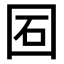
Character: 𡇈